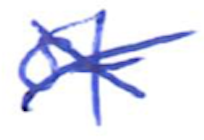
Text: of
Cross-out: cross
Writing tool: ballpoint